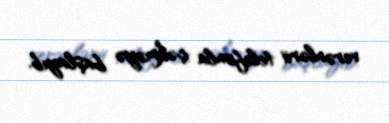
verənlərii telefonla çəkməyə başlayıb.